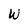
Character: W